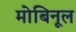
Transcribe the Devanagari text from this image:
मोबिनूल